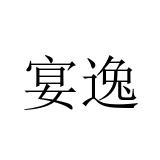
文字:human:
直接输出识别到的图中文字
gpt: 宴逸